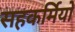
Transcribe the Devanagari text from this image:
सहकर्मियो